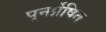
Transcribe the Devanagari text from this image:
पुनर्प्रेषित